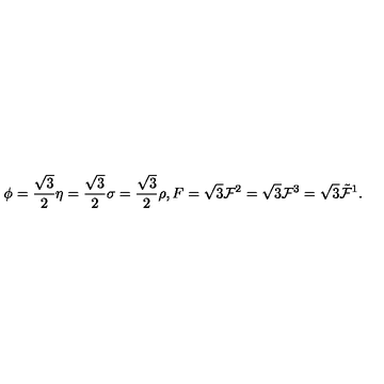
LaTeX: \phi = { \frac { \sqrt { 3 } } { 2 } } \eta = { \frac { \sqrt { 3 } } { 2 } } \sigma = { \frac { \sqrt { 3 } } { 2 } } \rho , F = \sqrt { 3 } { \cal F } ^ { 2 } = \sqrt { 3 } { \cal F } ^ { 3 } = \sqrt { 3 } \tilde { \cal F } ^ { 1 } .